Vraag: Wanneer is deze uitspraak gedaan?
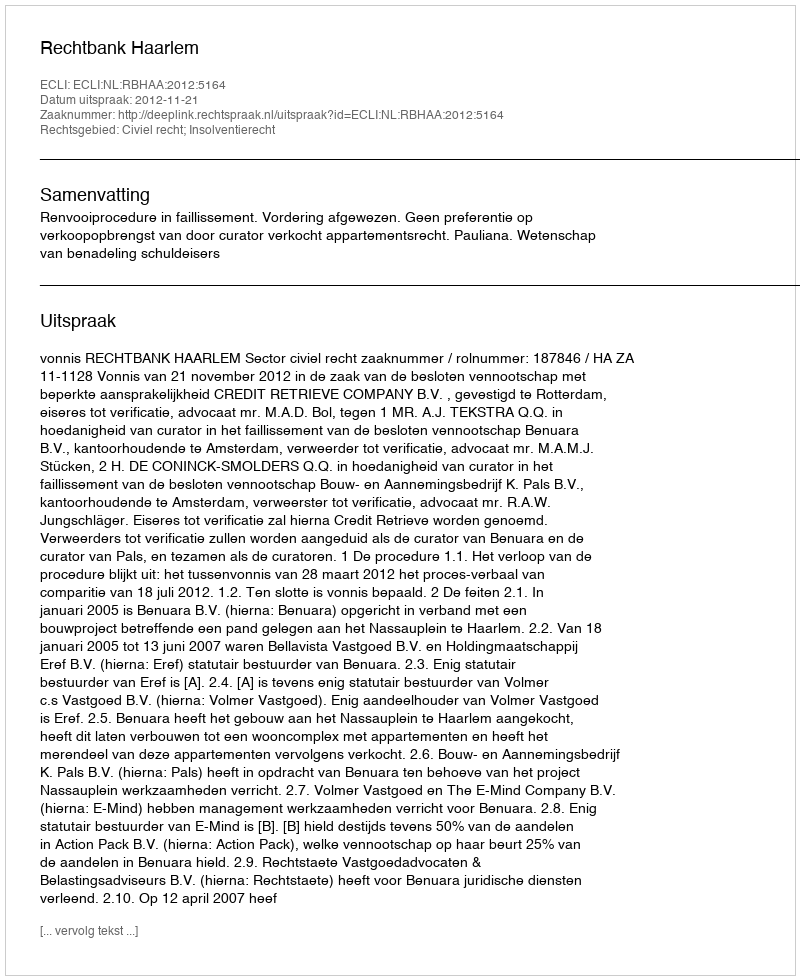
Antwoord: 2012-11-21